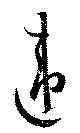
違